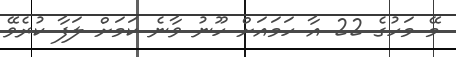
މޭ މަހުގެ 22 އާ ހަމައަށް ހޫނު ވާނެ ކަމަށް ލަފާ ކުރެވޭ